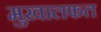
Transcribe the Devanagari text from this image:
मुख़ालफत